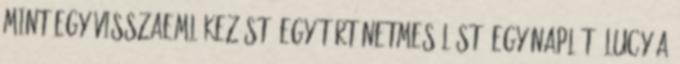
mint egy visszaemlékezést, egy történetmesélést, egy naplót. Lucy a